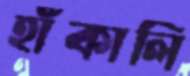
হাঁকালি